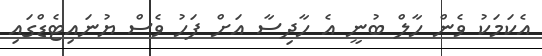
އެކަމަކު ވެން ހާލް ބުނީ އެ ހާދިސާ އަށް ފަހު ވެސް ޔުނައިޓެޑްގައި